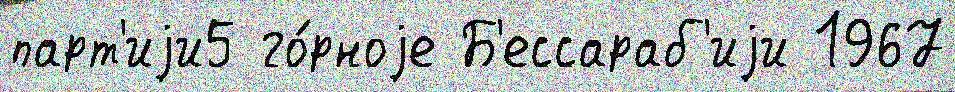
парт'иjи5 го́рноjе Б'ессараб'иjи 1967